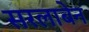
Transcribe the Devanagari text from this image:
सरलाबेन